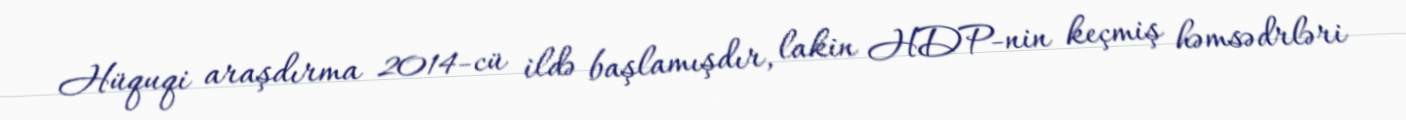
Hüquqi araşdırma 2014-cü ildə başlamışdır, lakin HDP-nin keçmiş həmsədrləri